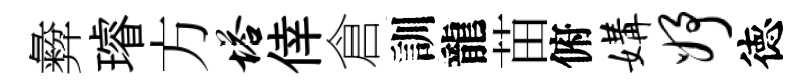
彜璿方塔倖倉訓龍苗俯媾妤徳